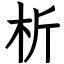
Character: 析